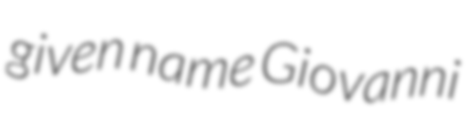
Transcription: given name Giovanni